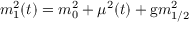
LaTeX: m _ { 1 } ^ { 2 } ( t ) = m _ { 0 } ^ { 2 } + \mu ^ { 2 } ( t ) + \mathrm { g } m _ { 1 / 2 } ^ { 2 }